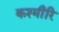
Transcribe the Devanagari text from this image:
कश्मीरि